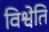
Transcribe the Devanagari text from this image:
विश्वेति